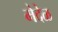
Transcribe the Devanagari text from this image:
मेदेळ